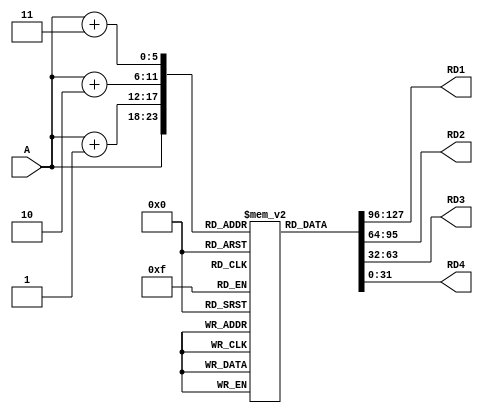
module Instruction_Memory(input [5:0] A,
            output [31:0] RD1,RD2,RD3,RD4);

  reg [31:0] RAM[63:0];

  assign RD1 = RAM[A];
  assign RD2 = RAM[A+1];
  assign RD3 = RAM[A+2];
  assign RD4 = RAM[A+3];
endmodule